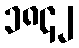
၁၈၄၂